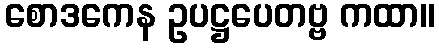
စောဒကေန ဥပဋ္ဌပေတဗ္ဗ ကထာ။